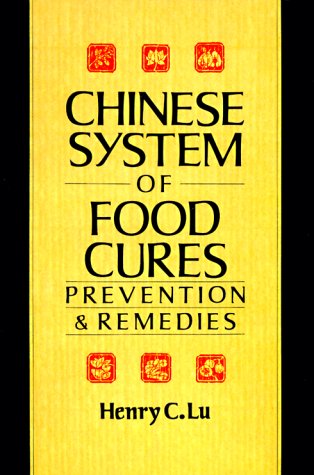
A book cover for Chinese System Of Food Cures: Prevention & Remedies; Henry C. Lu; Medical Books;